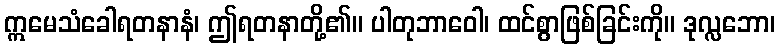
ဣမေသံခေါရတနာနံ၊ ဤရတနာတို့၏။ ပါတုဘာဝေါ၊ ထင်စွာဖြစ်ခြင်းကို။ ဒုလ္လဘော၊